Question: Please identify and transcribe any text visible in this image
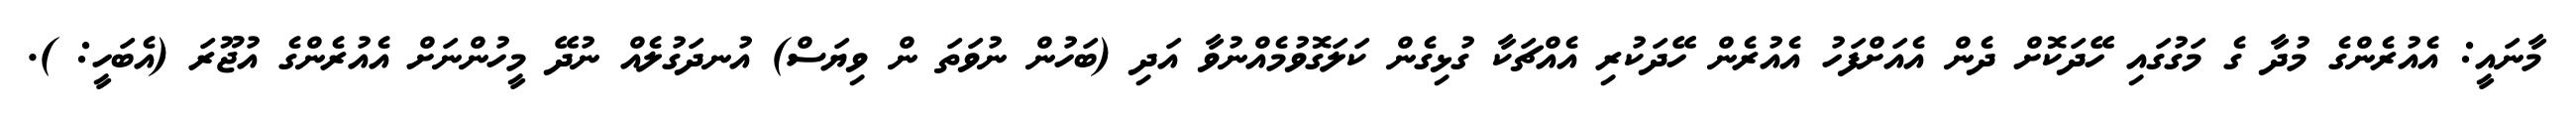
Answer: މާނައީ: އެއުރެންގެ މުދާ ގެ މަގުގައި ހޭދަކޮށް ދެން އެއަށްފަހު އެއުރެން ހޭދަކުރި އެއްޗަކާ ގުޅިގެން ކަލަގޮވުމެއްނުވާ އަދި (ބަހުން ނުވަތަ ން ވިޔަސް) އުނދަގުލެއް ނުދޭ މީހުންނަށް އެއުރެންގެ އުޖޫރަ (އެބަހީ: ).